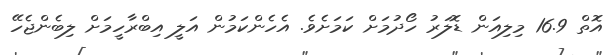
އޮތް 16.9 މިލިއަން ޑޮލަރު ހޯދުމަށް ކަމަށެވެ. އެހެންކަމުން އަލީ އިބްރާހީމަށް ލިބެންޖެހޭ